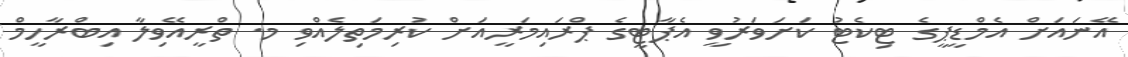
އޭނައަށް އެމްޑީޕީގެ ޓިކެޓު ކަށަވަރުވީ އެޕާޓީގެ ޕްރައިމަރީއަށް ކުރިމަތިލެއްވި މ. ތްރީއޭވިލާ އިބްރާހީމް